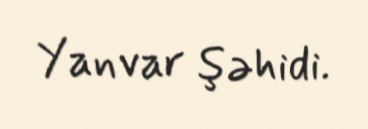
Yanvar şəhidi.